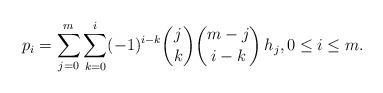
LaTeX: \begin{align*}p_i = \sum_{j=0}^{m} \sum _{k=0}^i (-1)^{i-k} \binom{j}{k} \binom{m-j}{i-k} \,h_j , 0\leq i \leq m.\end{align*}